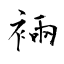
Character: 裲